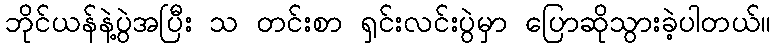
ဘိုင်ယန်နဲ့ပွဲအပြီး သ တင်းစာ ရှင်းလင်းပွဲမှာ ပြောဆိုသွားခဲ့ပါတယ်။